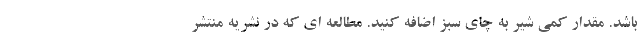
باشد. مقدار کمی شیر به چای سبز اضافه کنید. مطالعه ای که در نشریه منتشر